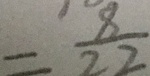
= \frac { 8 } { 2 2 }